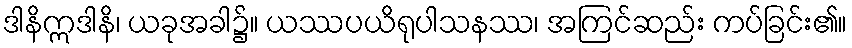
ဒါနိဣဒါနိ၊ ယခုအခါ၌။ ယဿပယိရုပါသနဿ၊ အကြင်ဆည်း ကပ်ခြင်း၏။